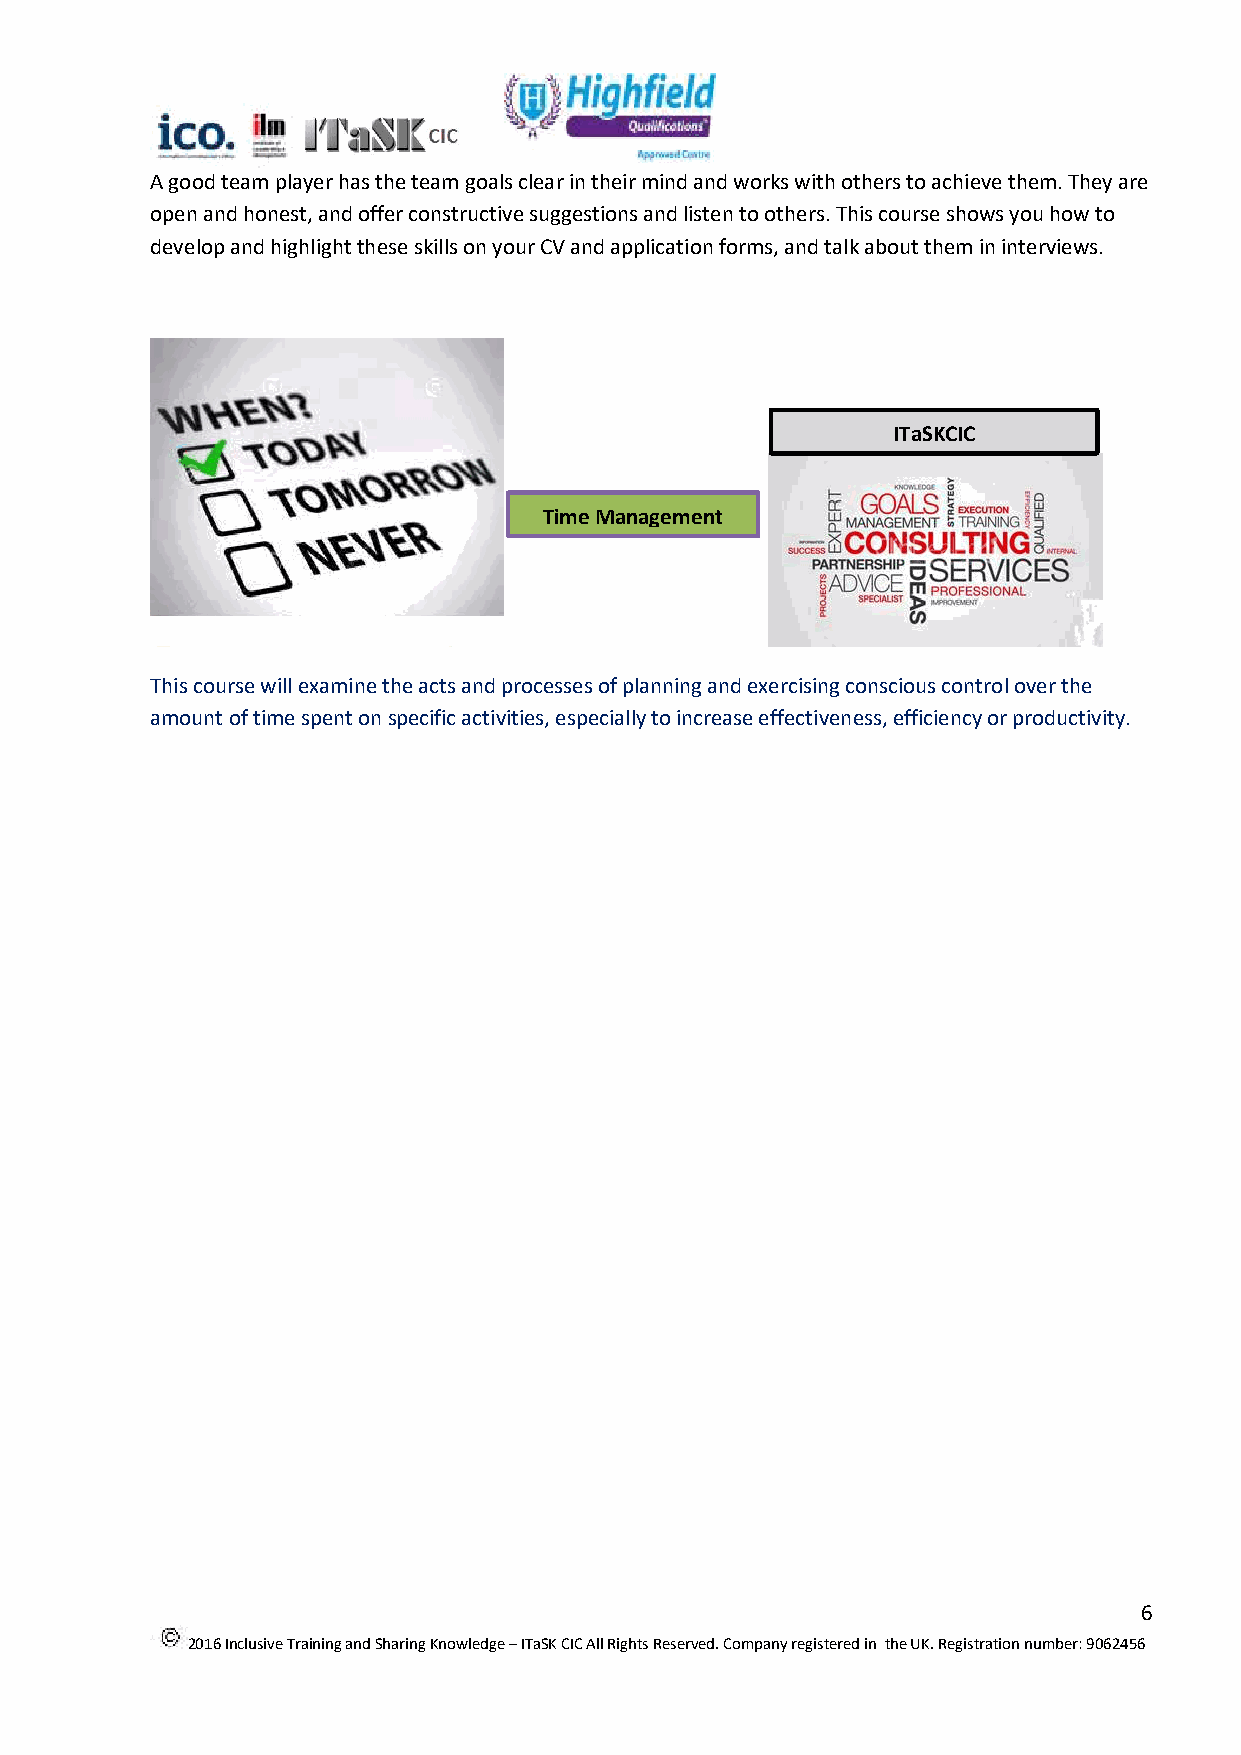
A good team player has the team goals clear in their mind and works with others to achieve them. They are
 open and honest, and offer constructive suggestions and listen to others. This course shows you how to
 develop and highlight these skills on your CV and application forms, and talk about them in interviews.
 ITaSKCIC
 Time Management
 This course will examine the acts and processes of planning and exercising conscious control over the
 amount of time spent on specific activities, especially to increase effectiveness, efficiency or productivity.
 6
 2016 Inclusive Training and Sharing Knowledge – ITaSK CIC All Rights Reserved. Company registered in the UK. Registration number: 9062456